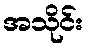
အသိုင်း